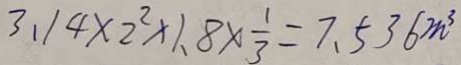
3 . 1 4 \times 2 ^ { 2 } \times 1 . 8 \times \frac { 1 } { 3 } = 7 . 5 3 6 m ^ { 3 }